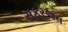
સફરજન